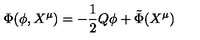
\Phi ( \phi , X ^ { \mu } ) = - \frac { 1 } { 2 } Q \phi + { \tilde { \Phi } } ( X ^ { \mu } )